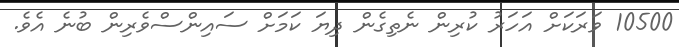
10500 ވަރަކަަށް އަހަރު ކުރިން ނެތިގެން ދިޔަ ކަމަށް ސައިންސްވެރިން ބުނެ އެވެ.